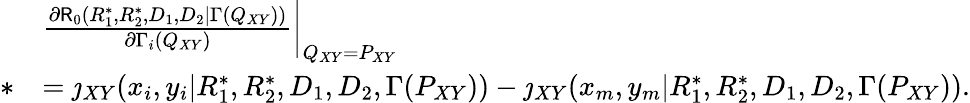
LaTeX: \begin{array}{rl}&{\frac{\partial\mathsf{R}_{0}(R_{1}^{*},R_{2}^{*},D_{1},D_{2}|\Gamma(Q_{XY}))}{\partial\Gamma_{i}(Q_{XY})}\bigg|_{Q_{XY}=P_{XY}}}\\ {*}&{=\jmath_{XY}(x_{i},y_{i}|R_{1}^{*},R_{2}^{*},D_{1},D_{2},\Gamma(P_{XY}))-\jmath_{XY}(x_{m},y_{m}|R_{1}^{*},R_{2}^{*},D_{1},D_{2},\Gamma(P_{XY})).}\end{array}